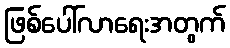
ဖြစ်ပေါ်လာရေးအတွက်